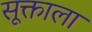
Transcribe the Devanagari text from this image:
सूक्ताला